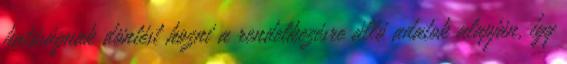
hatóságnak döntést hozni a rendelkezésre álló adatok alapján, így